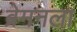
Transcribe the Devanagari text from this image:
ब्रेमनला